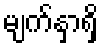
မျက်နှာရှိ